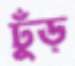
ঢুঁড়